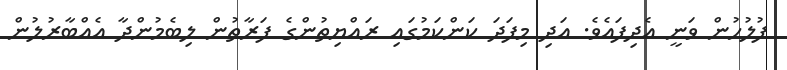
ފުލުހުން ވަނީ އެދިފައެވެ. އަދި މިފަދަ ކަންކަމުގައި ރައްޔިތުންގެ ފަރާތުން ލިބެމުންދާ އެއްބާރުލުން